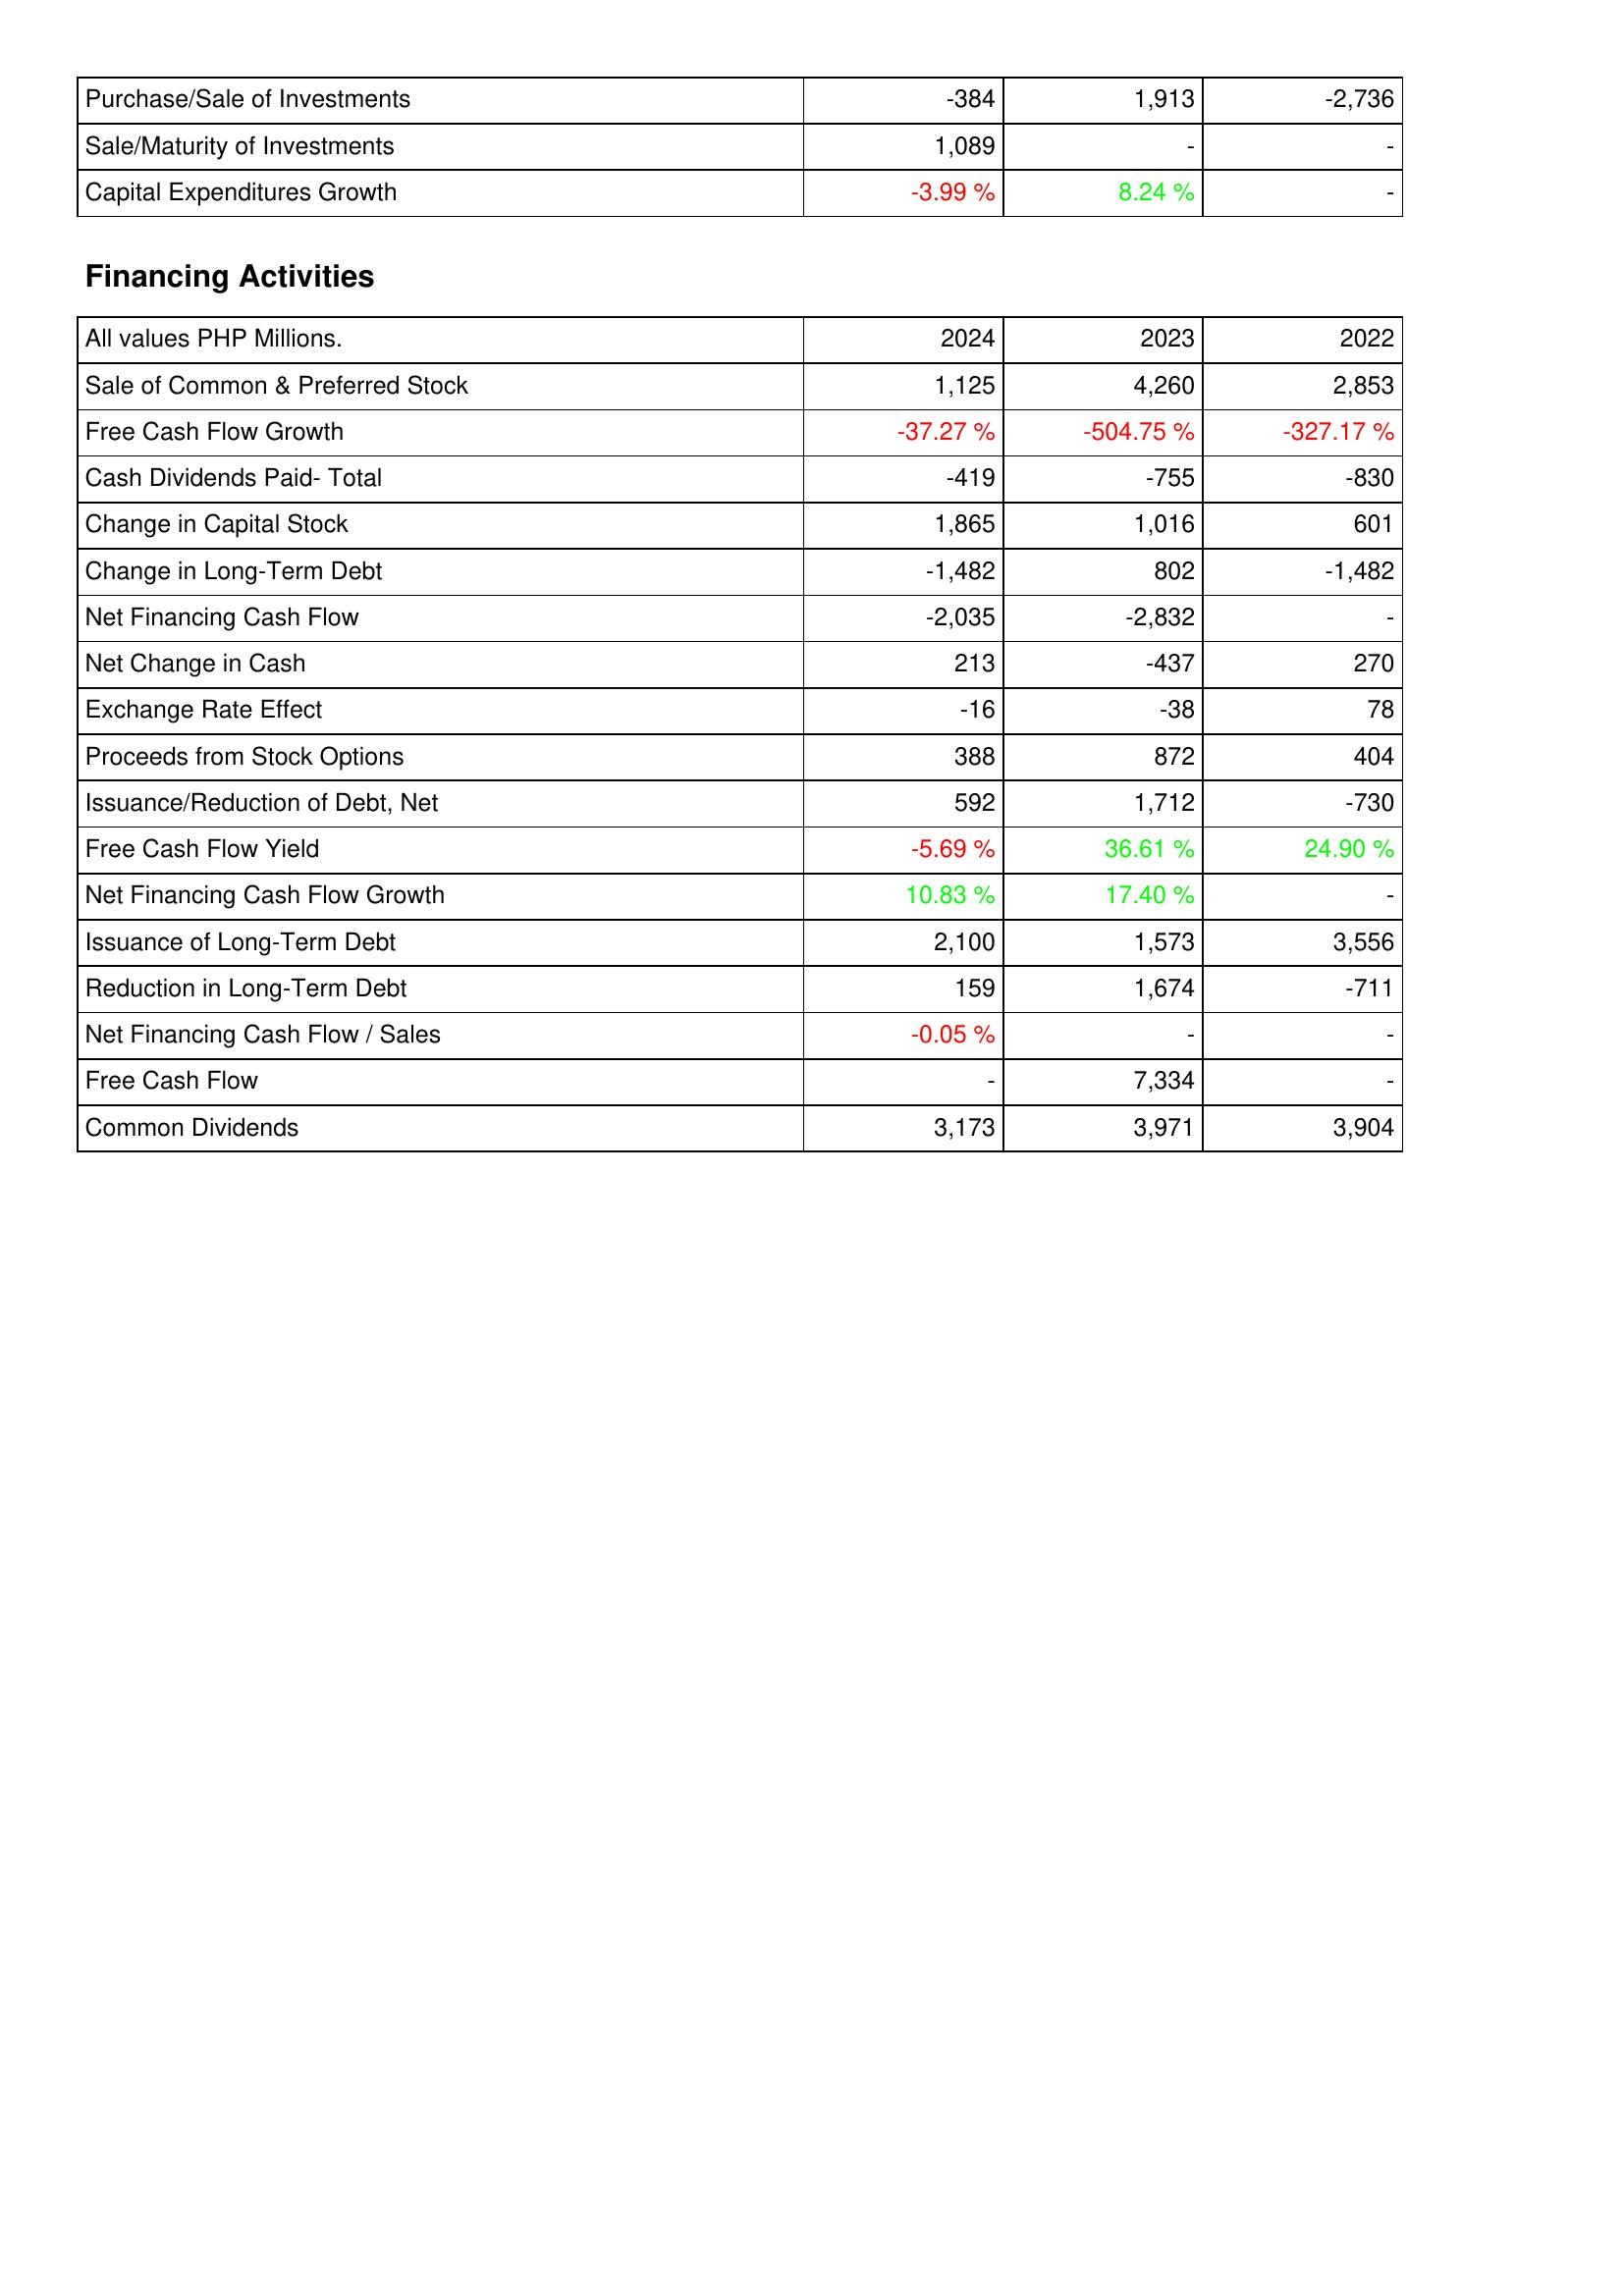
2024: Investing Activities: Purchase/Sale of Investments: -384
Sale/Maturity of Investments: 1,089
Capital Expenditures Growth: -3.99 %
Financing Activities: Sale of Common & Preferred Stock: 1,125
Free Cash Flow Growth: -37.27 %
Cash Dividends Paid- Total: -419
Change in Capital Stock: 1,865
Change in Long-Term Debt: -1,482
Net Financing Cash Flow: -2,035
Net Change in Cash: 213
Exchange Rate Effect: -16
Proceeds from Stock Options: 388
Issuance/Reduction of Debt, Net: 592
Free Cash Flow Yield: -5.69 %
Net Financing Cash Flow Growth: 10.83 %
Issuance of Long-Term Debt: 2,100
Reduction in Long-Term Debt: 159
Net Financing Cash Flow / Sales: -0.05 %
Free Cash Flow: -
Common Dividends: 3,173
2023: Investing Activities: Purchase/Sale of Investments: 1,913
Sale/Maturity of Investments: -
Capital Expenditures Growth: 8.24 %
Financing Activities: Sale of Common & Preferred Stock: 4,260
Free Cash Flow Growth: -504.75 %
Cash Dividends Paid- Total: -755
Change in Capital Stock: 1,016
Change in Long-Term Debt: 802
Net Financing Cash Flow: -2,832
Net Change in Cash: -437
Exchange Rate Effect: -38
Proceeds from Stock Options: 872
Issuance/Reduction of Debt, Net: 1,712
Free Cash Flow Yield: 36.61 %
Net Financing Cash Flow Growth: 17.40 %
Issuance of Long-Term Debt: 1,573
Reduction in Long-Term Debt: 1,674
Net Financing Cash Flow / Sales: -
Free Cash Flow: 7,334
Common Dividends: 3,971
2022: Investing Activities: Purchase/Sale of Investments: -2,736
Sale/Maturity of Investments: -
Capital Expenditures Growth: -
Financing Activities: Sale of Common & Preferred Stock: 2,853
Free Cash Flow Growth: -327.17 %
Cash Dividends Paid- Total: -830
Change in Capital Stock: 601
Change in Long-Term Debt: -1,482
Net Financing Cash Flow: -
Net Change in Cash: 270
Exchange Rate Effect: 78
Proceeds from Stock Options: 404
Issuance/Reduction of Debt, Net: -730
Free Cash Flow Yield: 24.90 %
Net Financing Cash Flow Growth: -
Issuance of Long-Term Debt: 3,556
Reduction in Long-Term Debt: -711
Net Financing Cash Flow / Sales: -
Free Cash Flow: -
Common Dividends: 3,904